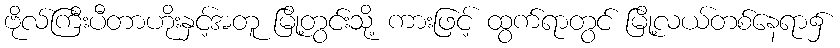
ဗိုလ်ကြီးပီတာဟိုးနှင့်အတူ မြို့တွင်းသို့ ကားဖြင့် ထွက်ရာတွင် မြို့လယ်တစ်နေရာ၌